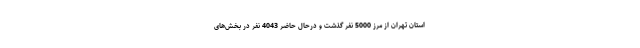
استان تهران از مرز 5000 نفر گذشت و درحال حاضر 4043 نفر در بخش‌های